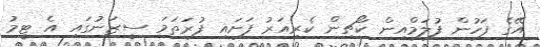
އޭގެ ފަހުން ފުލަމްއިން ކޯޗިން ކެރިއަރު ފަށައި ފުރަތަމަ ސީޒަނުގައި އެ ޓީމު